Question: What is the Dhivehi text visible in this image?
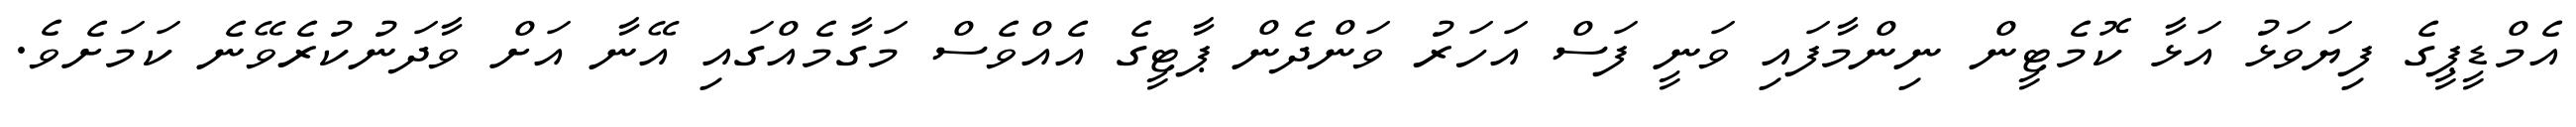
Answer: އެމްޑީޕީގެ ފިޔަވަޅު އަޅާ ކޮމެޓީން ނިންމާފައި ވަނީ ފަސް އަހަރު ވަންދެން ޕާޓީގެ އެއްވެސް މަގާމެއްގައި އޭނާ އަށް ވާދަނުކުރެވޭނެ ކަމަށެވެ.